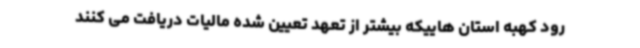
رود کهبه استان هاییکه بیشتر از تعهد تعیین شده مالیات دریافت می کنند